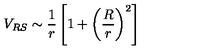
V _ { R S } \sim \frac { 1 } { r } \left[ 1 + \left( \frac { R } { r } \right) ^ { 2 } \right]